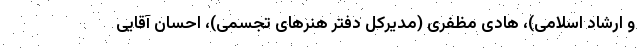
و ارشاد اسلامی)، هادی مظفری (مدیرکل دفتر هنرهای تجسمی)، احسان آقایی